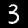
Label: 3